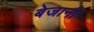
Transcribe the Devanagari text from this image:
बेजानी